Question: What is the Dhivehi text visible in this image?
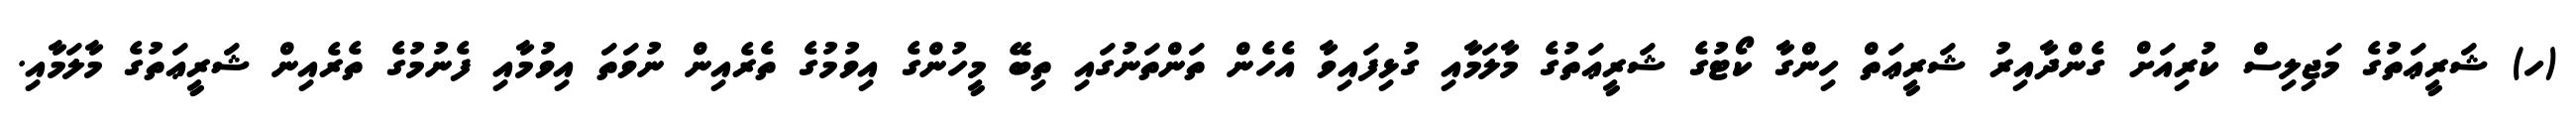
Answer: (ހ) ޝަރީޢަތުގެ މަޖިލިސް ކުރިއަށް ގެންދާއިރު ޝަރީޢަތް ހިންގާ ކޯޓުގެ ޝަރީޢަތުގެ މާލަމާއި ގުޅިފައިވާ އެހެން ތަންތަނުގައި ތިބޭ މީހުންގެ އިވުމުގެ ތެރެއިން ނުވަތަ އިވުމާއި ފެނުމުގެ ތެރެއިން ޝަރީޢަތުގެ މާލަމާއި.